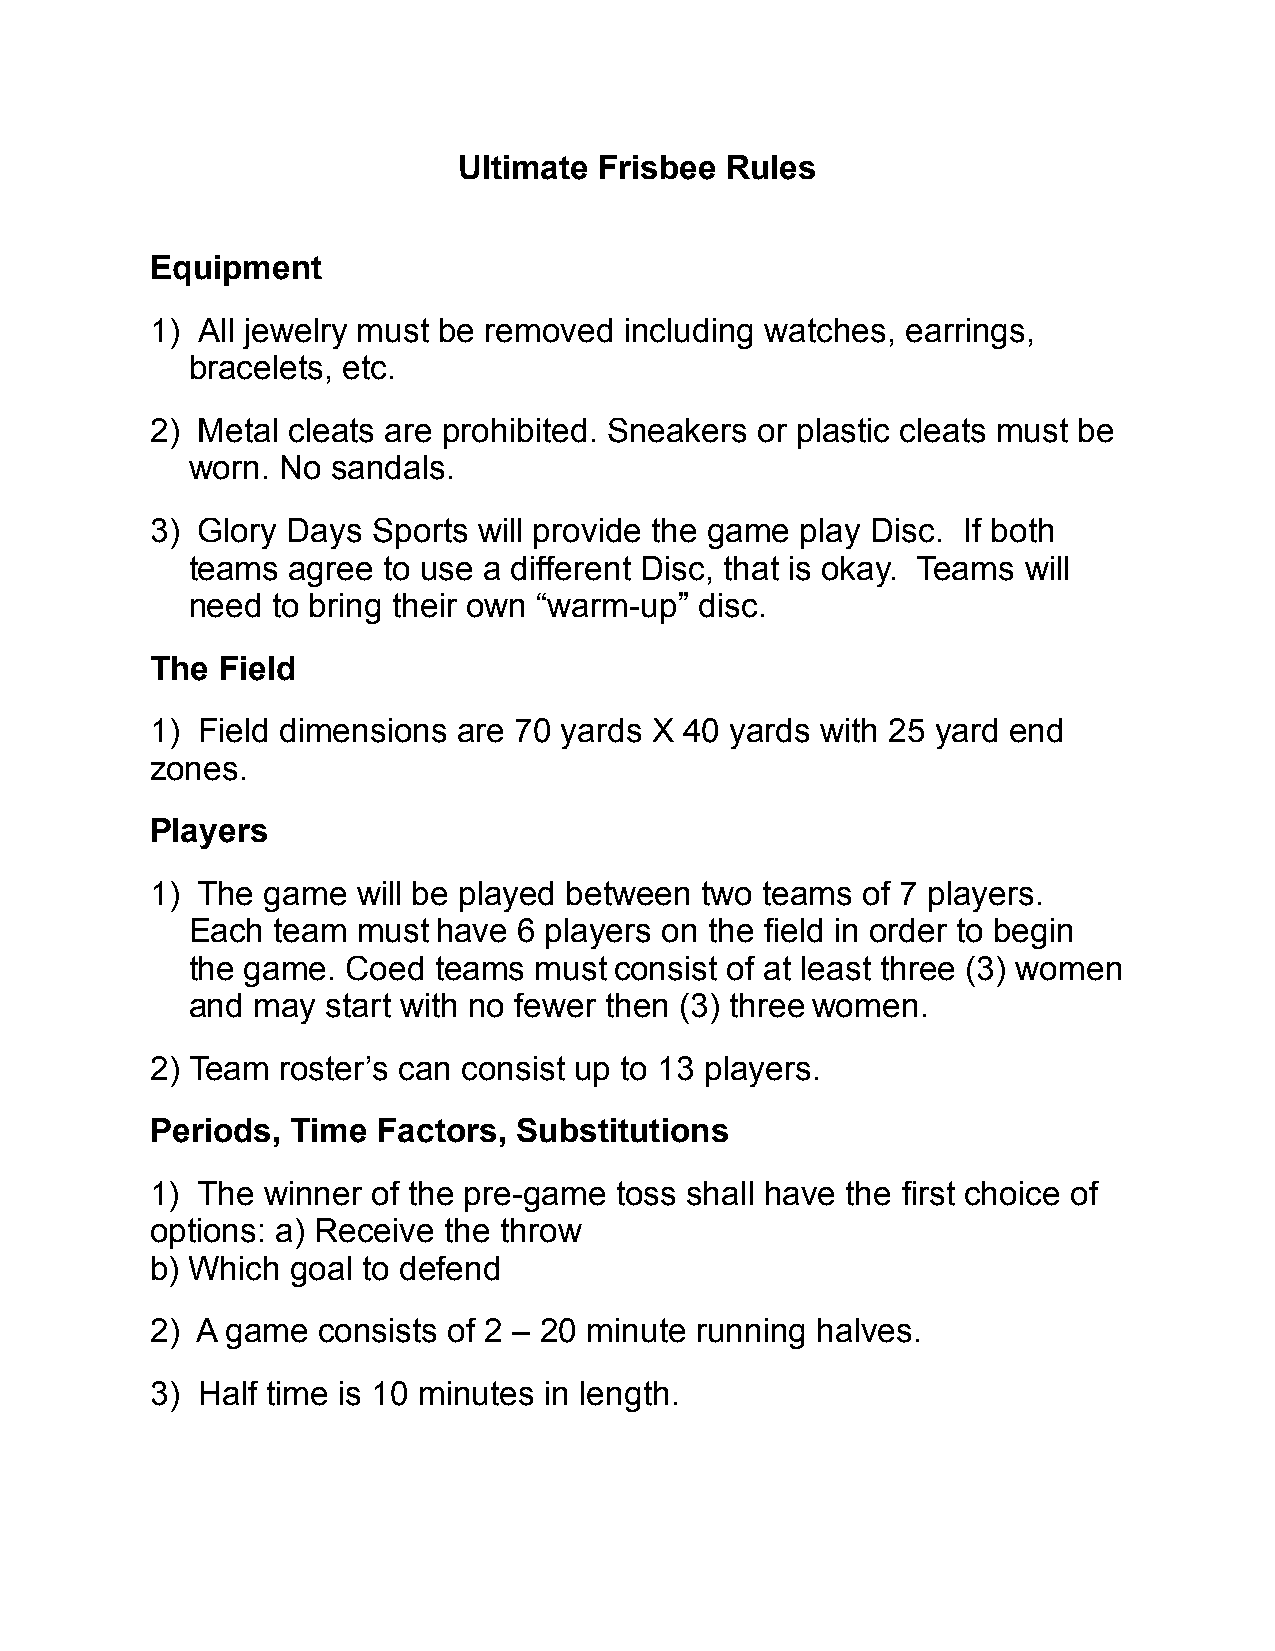
Ultimate  Frisbee Rules
 Equipment
 1) All jewelry must be removed including watches, earrings,
 bracelets, etc.
 2) Metal cleats are prohibited. Sneakers or plastic cleats must be
 worn. No sandals.
 3) Glory Days  Sports will provide the game play Disc. If both
 teams agree to use a different Disc, that is okay. Teams will
 need to bring their own “warm-up” disc.
 The Field
 1) Field dimensions are 70 yards X 40 yards with 25 yard end
 zones.
 Players
 1) The game   will be played between two teams of 7 players.
 Each team  musthave  6 players on the field in order to begin
 the game. Coed  teams mustconsist  of at least three (3) women
 and may  start with no fewer then (3) threewomen.
 2) Team  roster’s can consist up to 13 players.
 Periods, Time  Factors, Substitutions
 1) The winner  of the pre-game toss shall have the first choice of
 options: a) Receive the throw
 b) Which goal to defend
 2) A game  consists of 2 – 20 minute running halves.
 3) Half time is 10 minutes in length.